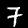
Label: 7